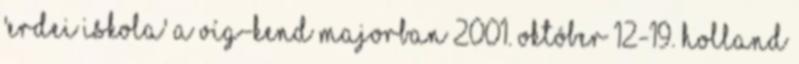
'Erdei Iskola' a Víg-Kend majorban 2001. október 12-19. Holland